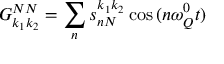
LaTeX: G _ { k _ { 1 } k _ { 2 } } ^ { N N } = \sum _ { n } s _ { n N } ^ { k _ { 1 } k _ { 2 } } \cos { ( n \omega _ { Q } ^ { 0 } t ) }